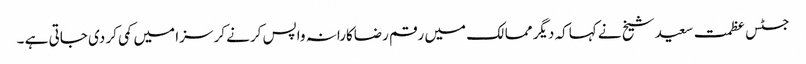
جسٹس عظمت سعید شیخ نے کہاکہ دیگر ممالک میں رقم رضاکارانہ واپس کرنے کر سزا میں کمی کر دی جاتی ہے ۔